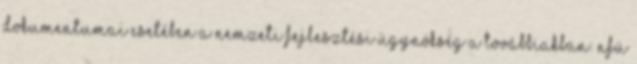
dokumentumai esetében a Nemzeti Fejlesztési Ügynökség a továbbiakban: NFÜ